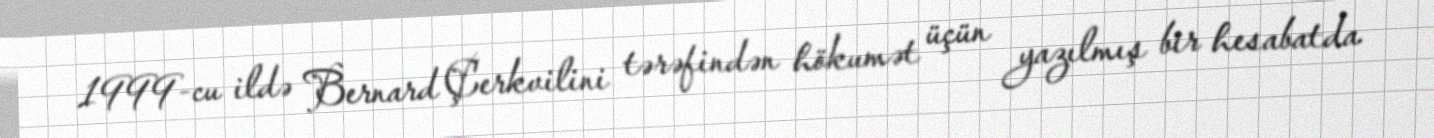
1999-cu ildə Bernard Çerkvilini tərəfindən hökumət üçün yazılmış bir hesabatda